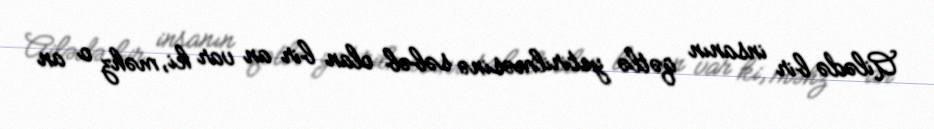
Ailədə bir insanın qətlə yetirilməsinə səbəb olan bir an var ki, məhz o an